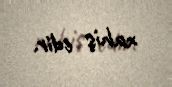
xahiş edir.